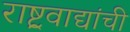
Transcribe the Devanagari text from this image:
राष्ट्रवाद्यांची